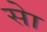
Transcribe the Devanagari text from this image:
सेा